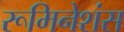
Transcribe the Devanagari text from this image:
रूमिनेशंस